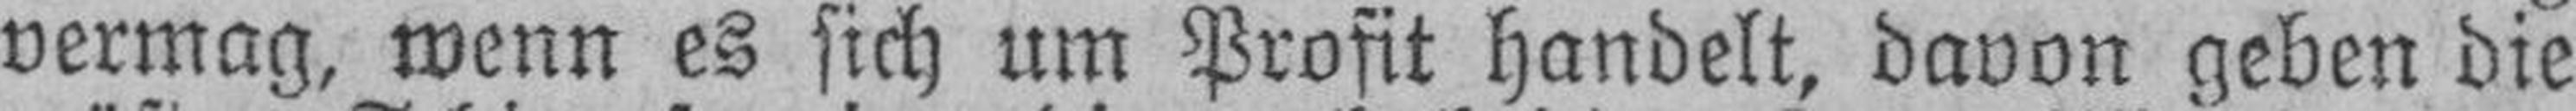
vermag, wenn es sich um Profit handelt, davon geben die